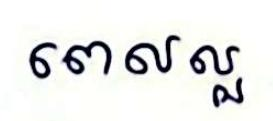
ពេលល្អ